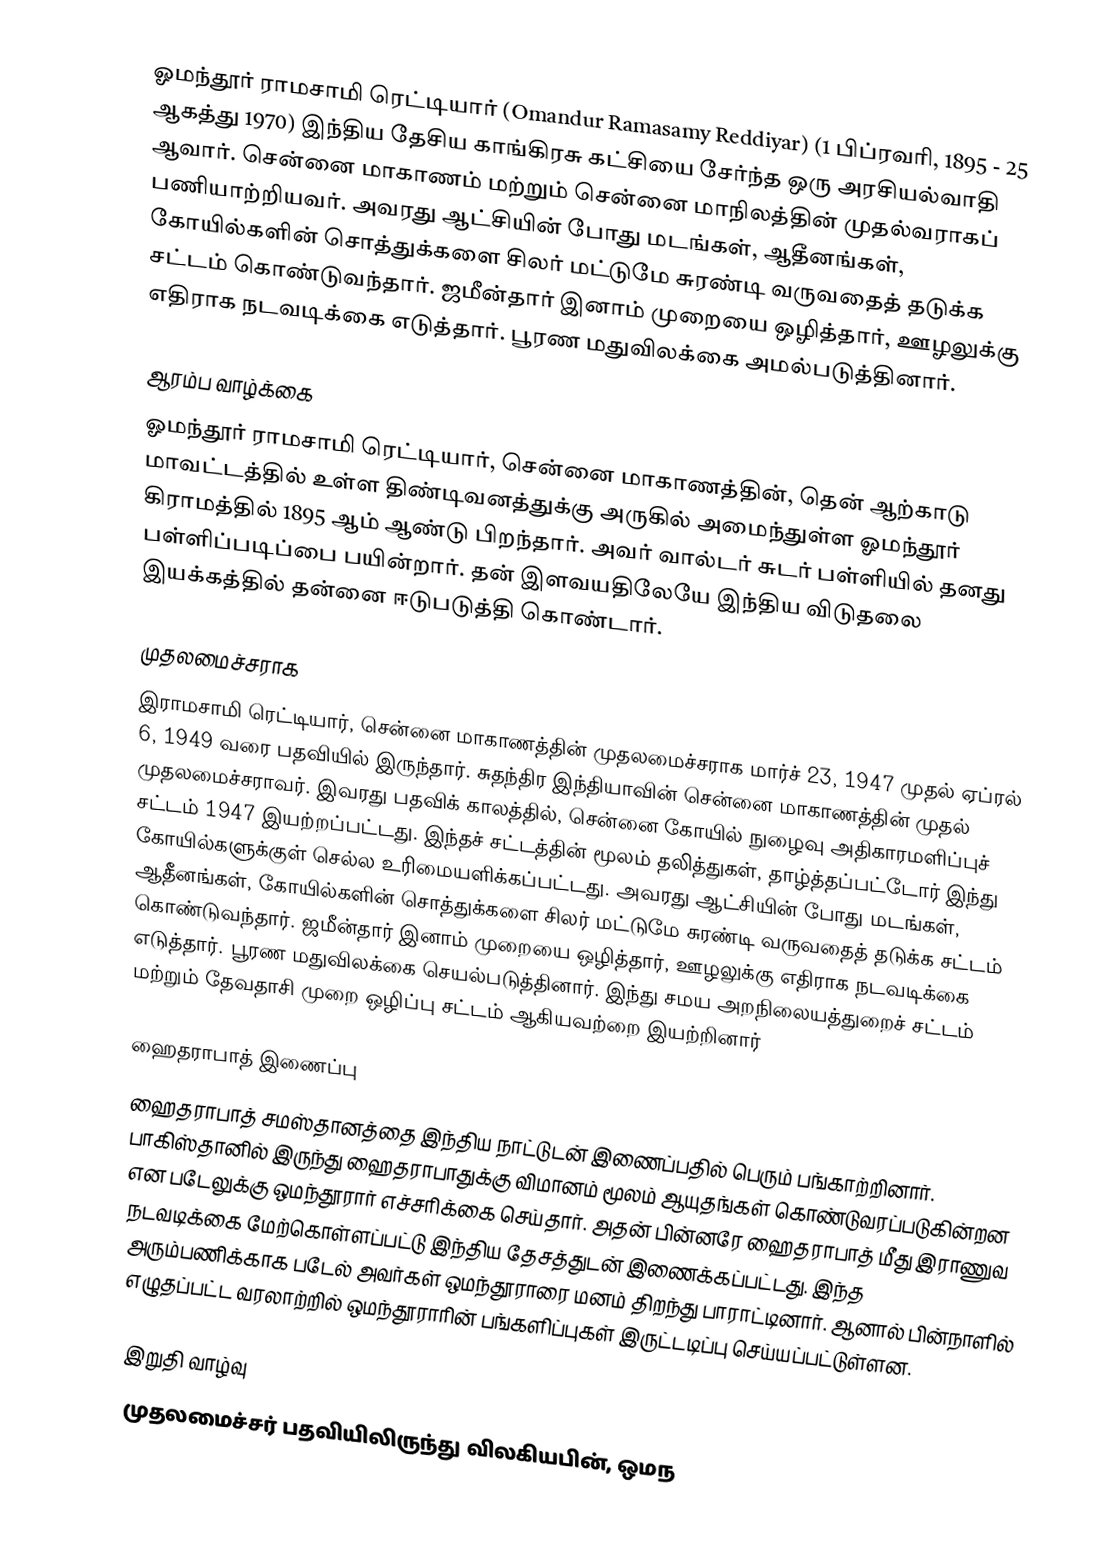
ஓமந்தூர் ராமசாமி ரெட்டியார் (Omandur Ramasamy Reddiyar) (1 பிப்ரவரி, 1895 - 25 ஆகத்து 1970) இந்திய தேசிய காங்கிரசு கட்சியை சேர்ந்த ஒரு அரசியல்வாதி ஆவார். சென்னை மாகாணம் மற்றும் சென்னை மாநிலத்தின் முதல்வராகப் பணியாற்றியவர். அவரது ஆட்சியின் போது மடங்கள், ஆதீனங்கள், கோயில்களின் சொத்துக்களை சிலர் மட்டுமே சுரண்டி வருவதைத் தடுக்க சட்டம் கொண்டுவந்தார். ஜமீன்தார் இனாம் முறையை ஒழித்தார், ஊழலுக்கு எதிராக நடவடிக்கை எடுத்தார். பூரண மதுவிலக்கை அமல்படுத்தினார்.

ஆரம்ப வாழ்க்கை
ஓமந்தூர் ராமசாமி ரெட்டியார், சென்னை மாகாணத்தின், தென் ஆற்காடு மாவட்டத்தில் உள்ள திண்டிவனத்துக்கு அருகில் அமைந்துள்ள ஓமந்தூர் கிராமத்தில் 1895 ஆம் ஆண்டு பிறந்தார். அவர் வால்டர் சுடர் பள்ளியில் தனது பள்ளிப்படிப்பை பயின்றார். தன் இளவயதிலேயே இந்திய விடுதலை இயக்கத்தில் தன்னை ஈடுபடுத்தி கொண்டார்.

முதலமைச்சராக
இராமசாமி ரெட்டியார், சென்னை மாகாணத்தின் முதலமைச்சராக மார்ச் 23, 1947 முதல் ஏப்ரல் 6, 1949 வரை பதவியில் இருந்தார். சுதந்திர இந்தியாவின் சென்னை மாகாணத்தின் முதல் முதலமைச்சராவர். இவரது பதவிக் காலத்தில், சென்னை கோயில் நுழைவு அதிகாரமளிப்புச் சட்டம் 1947 இயற்றப்பட்டது. இந்தச் சட்டத்தின் மூலம் தலித்துகள், தாழ்த்தப்பட்டோர் இந்து கோயில்களுக்குள் செல்ல உரிமையளிக்கப்பட்டது. அவரது ஆட்சியின் போது மடங்கள், ஆதீனங்கள், கோயில்களின் சொத்துக்களை சிலர் மட்டுமே சுரண்டி வருவதைத் தடுக்க சட்டம் கொண்டுவந்தார். ஜமீன்தார் இனாம் முறையை ஒழித்தார், ஊழலுக்கு எதிராக நடவடிக்கை எடுத்தார். பூரண மதுவிலக்கை செயல்படுத்தினார். இந்து சமய அறநிலையத்துறைச் சட்டம் மற்றும் தேவதாசி முறை ஒழிப்பு சட்டம் ஆகியவற்றை இயற்றினார்

ஹைதராபாத் இணைப்பு
ஹைதராபாத் சமஸ்தானத்தை இந்திய நாட்டுடன் இணைப்பதில் பெரும் பங்காற்றினார். பாகிஸ்தானில் இருந்து ஹைதராபாதுக்கு விமானம் மூலம் ஆயுதங்கள் கொண்டுவரப்படுகின்றன என படேலுக்கு ஒமந்தூரார் எச்சரிக்கை செய்தார். அதன் பின்னரே ஹைதராபாத் மீது இராணுவ நடவடிக்கை மேற்கொள்ளப்பட்டு இந்திய தேசத்துடன் இணைக்கப்பட்டது. இந்த அரும்பணிக்காக படேல் அவர்கள் ஒமந்தூராரை மனம் திறந்து பாராட்டினார். ஆனால் பின்நாளில் எழுதப்பட்ட வரலாற்றில் ஒமந்தூராரின் பங்களிப்புகள் இருட்டடிப்பு செய்யப்பட்டுள்ளன.

இறுதி வாழ்வு
முதலமைச்சர் பதவியிலிருந்து விலகியபின், ஒமந